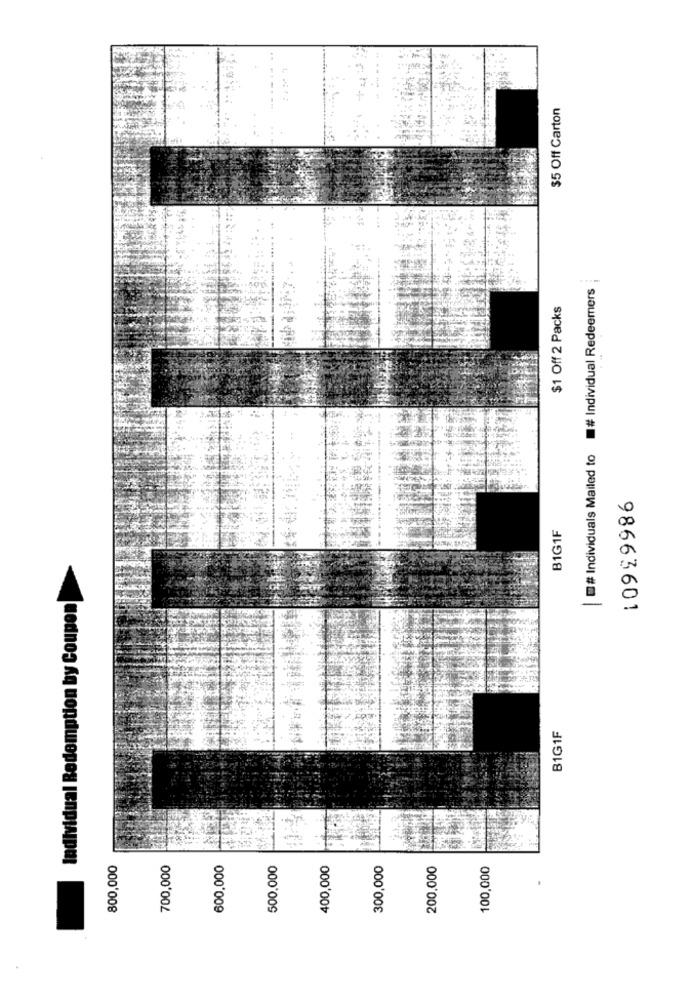
$5 Off Carton
# Individual Redeemers
$1 Off 2 Packs
# Individuals Mailed to
10999986
B1G1F
tion by Coupon
-
B1G1F
800,000
700,000
600,000
500,000
400,000
300,000
200,000
100,000